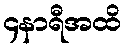
၄နာရီအထိ